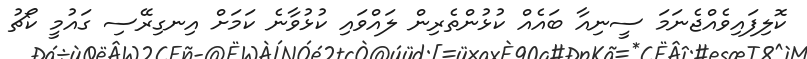
ކޮލިފައިވެއްޖެނަމަ ސީނިއާ ބައެއް ކުޅުންތެރިން ލައްވައި ކުޅުވާނެ ކަމަށް އިނގިރޭސި ގައުމީ ކޯޗު